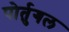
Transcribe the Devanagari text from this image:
पोर्तुगल